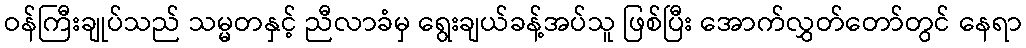
ဝန်ကြီးချုပ်သည် သမ္မတနှင့် ညီလာခံမှ ရွေးချယ်ခန့်အပ်သူ ဖြစ်ပြီး အောက်လွှတ်တော်တွင် နေရာ